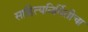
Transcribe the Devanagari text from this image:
साहित्यनिर्मितीचा